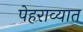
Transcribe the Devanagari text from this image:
पेहराव्यात